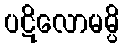
ပဋိလောမမ္ပိ